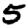
Digit: 5